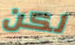
لكن